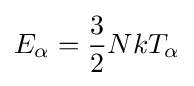
E_{\alpha }={\frac {3}{2}}NkT_{\alpha }